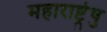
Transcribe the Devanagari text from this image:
महाराष्ट्रेषु